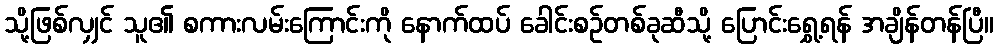
သို့ဖြစ်လျှင် သူ၏ စကားလမ်းကြောင်းကို နောက်ထပ် ခေါင်းစဉ်တစ်ခုဆီသို့ ပြောင်းရွှေ့ရန် အချိန်တန်ပြီ။